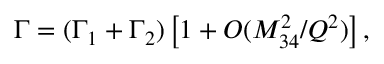
\Gamma = ( \Gamma _ { 1 } + \Gamma _ { 2 } ) \left[ 1 + O ( M _ { 3 4 } ^ { 2 } / Q ^ { 2 } ) \right] ,